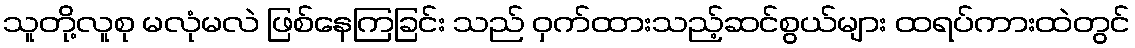
သူတို့လူစု မလုံမလဲ ဖြစ်နေကြခြင်း သည် ဝှက်ထားသည့်ဆင်စွယ်များ ထရပ်ကားထဲတွင်